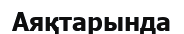
Аяқтарында